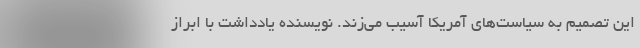
این تصمیم به سیاست‌های آمریکا آسیب می‌زند. نویسنده یادداشت با ابراز